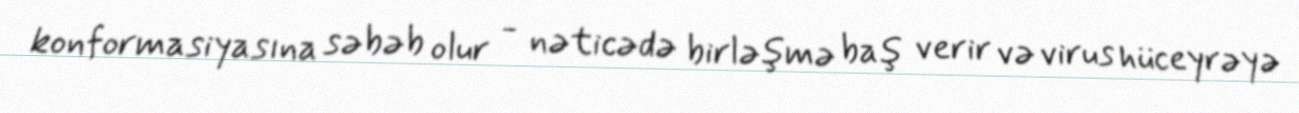
konformasiyasına səbəb olur - nəticədə birləşmə baş verir və virus hüceyrəyə